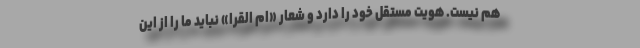
هم نیست. هویت مستقل خود را دارد و شعار «ام القرا» نباید ما را از این